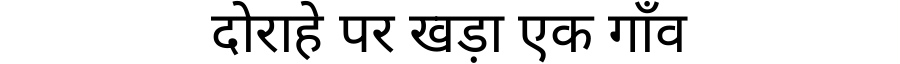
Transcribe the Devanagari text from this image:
दोराहे पर खड़ा एक गाँव